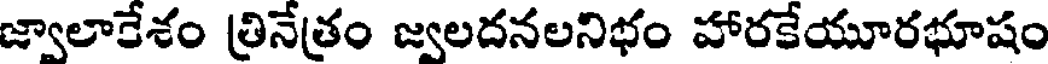
జ్వాలారేశం త్రినేత్రం జ్వలదనలనిభం హారకేయూరభూషం